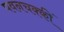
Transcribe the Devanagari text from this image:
पवनचक्कीं